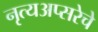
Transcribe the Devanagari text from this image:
नृत्यअप्सरेचे